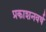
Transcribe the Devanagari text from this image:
प्रकाशनवर्ष